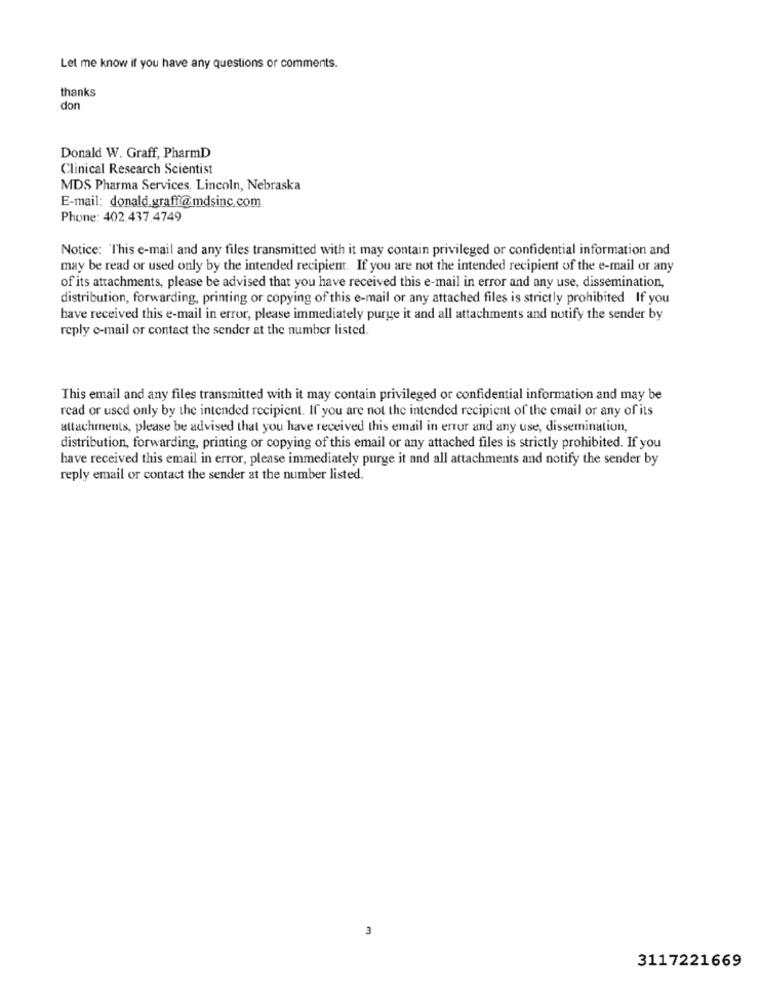
Let me know if you have any questions or comments.
thanks
don
Donald W. Graff, PharmD
Clinical Research Scientist
MDS Pharma Services, Lincoln, Nebraska
E-mail: donald.graff@mdsinc.com
Phone: 402.437.4749
Notice: This e-mail and any files transmitted with it may contain privileged or confidential information and
may be read or used only by the intended recipient. If you are not the intended recipient of the e-mail or any
of its attachments, please be advised that you have received this e-mail in error and any use, dissemination,
distribution, forwarding, printing or copying of this e-mail or any attached files is strictly prohibited If you
have received this e-mail in error, please immediately purge it and all attachments and notify the sender by
reply e-mail or contact the sender at the number listed.
This email and any files transmitted with it may contain privileged or confidential information and may be
read or used only by the intended recipient. If you are not the intended recipient of the email or any of its
attachments, please be advised that you have received this email in error and any use, dissemination,
distribution, forwarding, printing or copying of this email or any attached files is strictly prohibited. If you
have received this email in error, please immediately purge it and all attachments and notify the sender by
reply email or contact the sender at the number listed.
3117221669